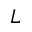
L